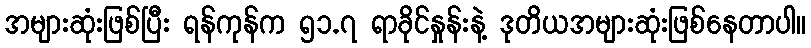
အများဆုံးဖြစ်ပြီး ရန်ကုန်က ၅၁.၇ ရာခိုင်နှုန်းနဲ့ ဒုတိယအများဆုံးဖြစ်နေတာပါ။